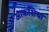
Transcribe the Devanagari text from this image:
आकसिया